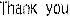
THANK YOU